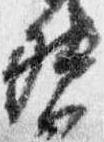
督